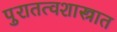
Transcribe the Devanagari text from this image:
पुरातत्वशास्त्रात